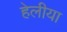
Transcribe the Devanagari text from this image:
हेलीया